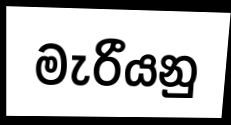
මැරීයනු